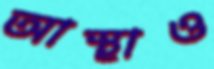
আস্থাও